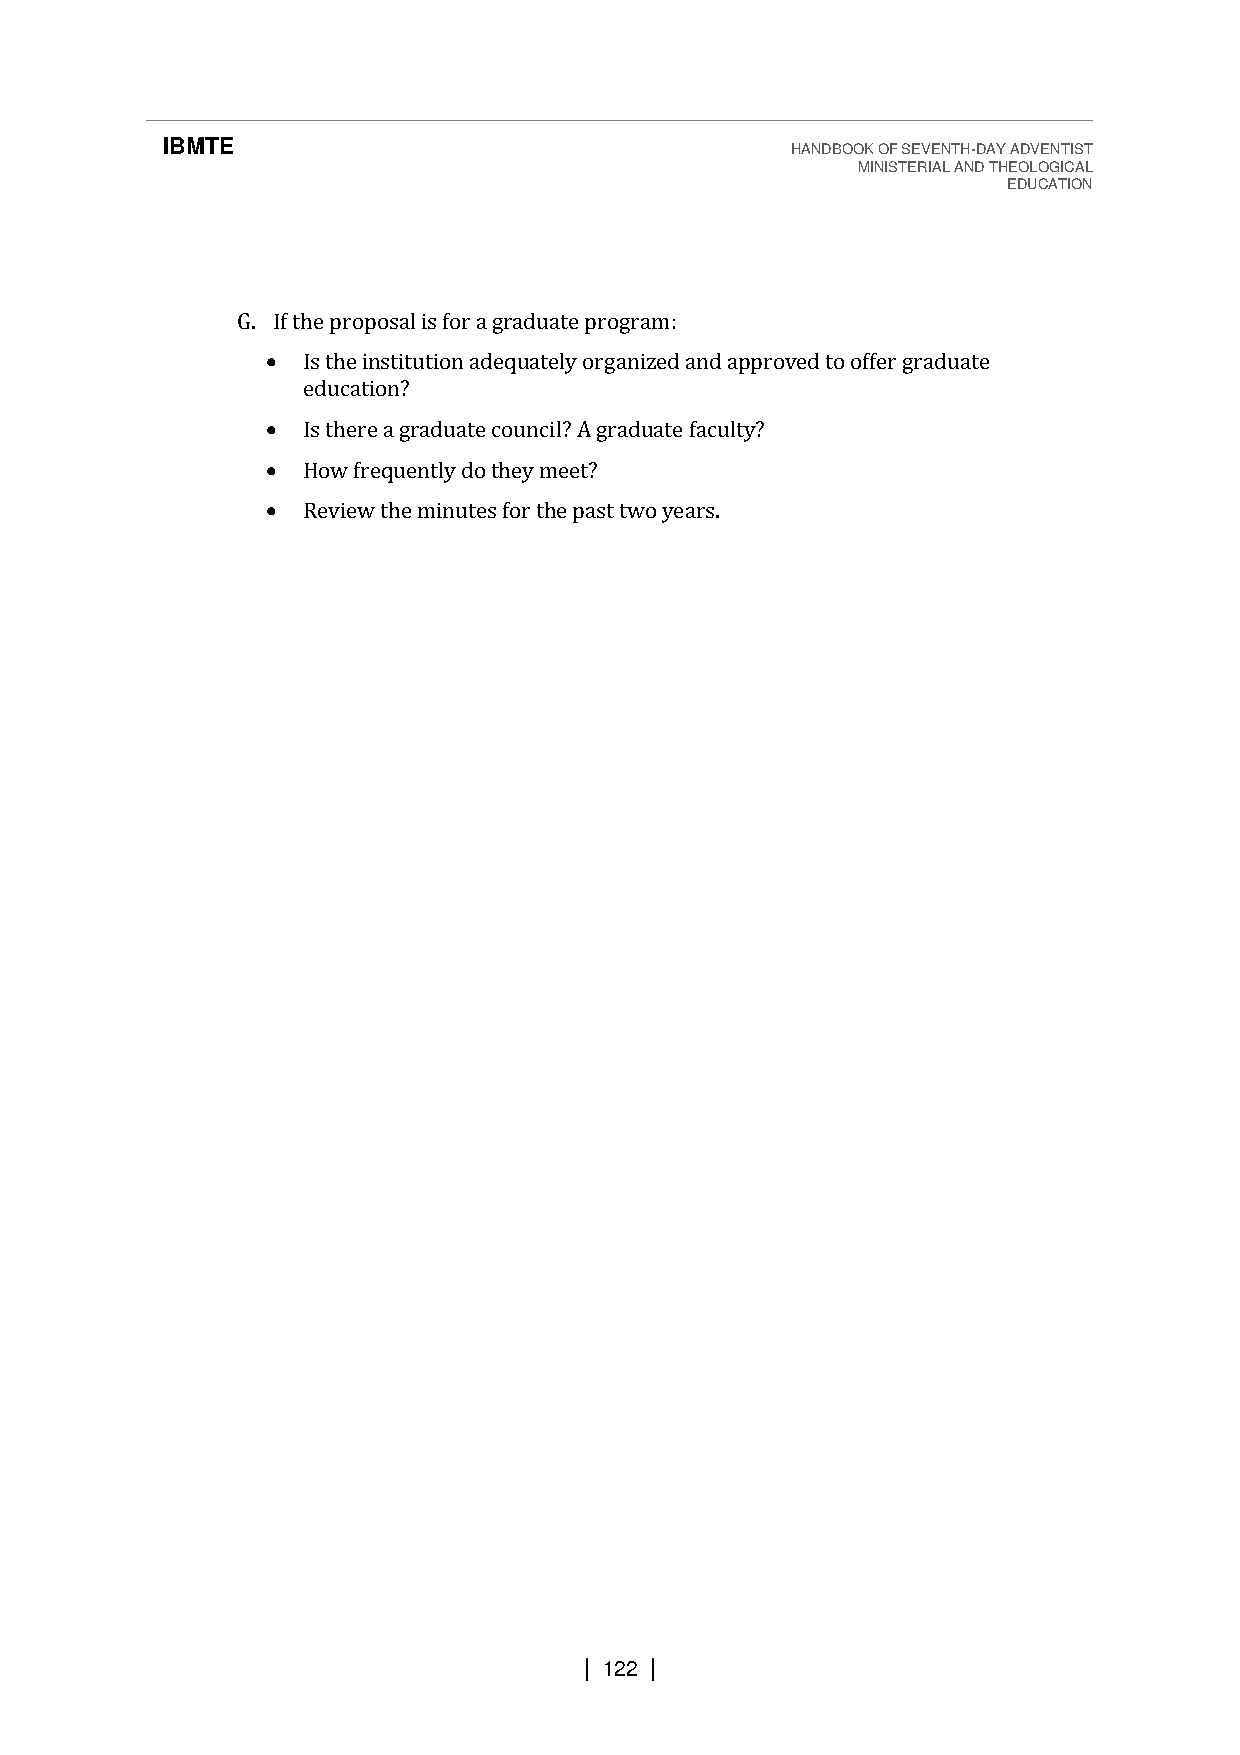
IBMTE                                    HANDBOOK OF SEVENTH-DAY ADVENTIST
 MINISTERIAL AND THEOLOGICAL
 EDUCATION
 G. If the proposal is for a graduate program:
 • Is the institution adequately organized and approved to offer graduate
 education?
 • Is there a graduate council? A graduate faculty?
 • How frequently do they meet?
 • Review the minutes for the past two years.
 | 122 |